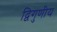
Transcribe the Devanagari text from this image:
द्विगुणीय